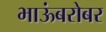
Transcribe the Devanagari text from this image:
भाऊंबरोबर